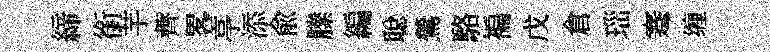
締銜芋薺畧亭添兪縢編聪鶯駱褊戊倉𤤼蹇缠